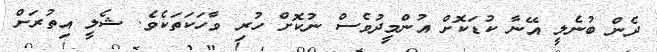
ދެން ބުނެލީ އޭނާ ކުޑަކޮށް އުންމީދުވެސް ނުކޮށް ހުރި ވާހަކަތަކެވެ. ޝެލީ އިތުރަށް